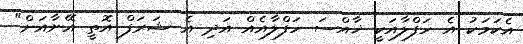
އެކަމަކު އެ ހަފްލާއަކީ ޚާއްސަ ހަފްލާއެއް އަދި އެ ޝަރަފް އޮތީ އޭނާއަށް"